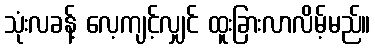
သုံးလခန့် လေ့ကျင့်လျှင် ထူးခြားလာလိမ့်မည်။